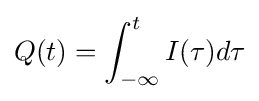
Q(t)=\int _{-\infty }^{t}I(\tau )d\tau